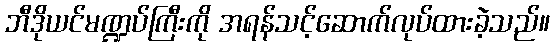
ဘီဒိုယင်မဏ္ဍပ်ကြီးကို အရန်သင့်ဆောက်လုပ်ထားခဲ့သည်။